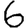
Digit: 6